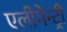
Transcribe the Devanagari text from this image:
एलीमेन्ट्री